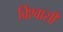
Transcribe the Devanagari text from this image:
विश्‍वासी